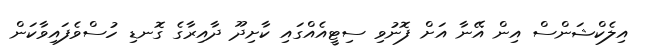
އިލެކްޝަންސް އިން އޭނާ އަށް ފޮނުވި ސިޓީއެއްގައި ކާށިދޫ ދާއިރާގެ ގޮނޑި ހުސްވެފައިވާކަން